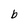
Character: b